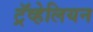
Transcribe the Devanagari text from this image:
ट्रॅव्हेलियन